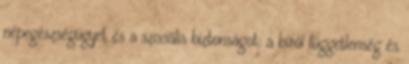
népegészségügyet és a szociális biztonságot; a bírói függetlenség és